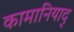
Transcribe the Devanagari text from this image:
कामानियाद्